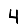
Digit: 4